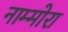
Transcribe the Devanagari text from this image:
नाम्मोरा